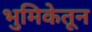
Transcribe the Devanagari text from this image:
भुमिकेतून